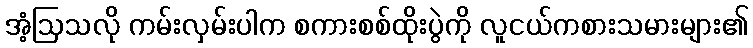
အံ့ဩသလို ကမ်းလှမ်းပါက စကားစစ်ထိုးပွဲကို လူငယ်ကစားသမားများ၏